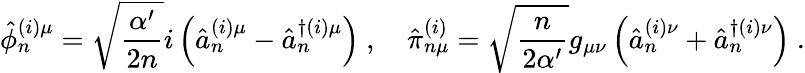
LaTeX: \hat{\phi}_{n}^{(i)\mu}=\sqrt{\frac{\alpha^{\prime}}{2n}}i\left(\hat{a}_{n}^{(i)\mu}-\hat{a}_{n}^{\dagger(i)\mu}\right)~,\quad\hat{\pi}_{n\mu}^{(i)}=\sqrt{\frac{n}{2\alpha^{\prime}}}g_{\mu\nu}\left(\hat{a}_{n}^{(i)\nu}+\hat{a}_{n}^{\dagger(i)\nu}\right)~.